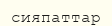
сияпаттар